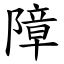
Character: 障